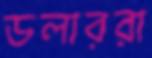
ডলাররা